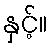
နှင့်။